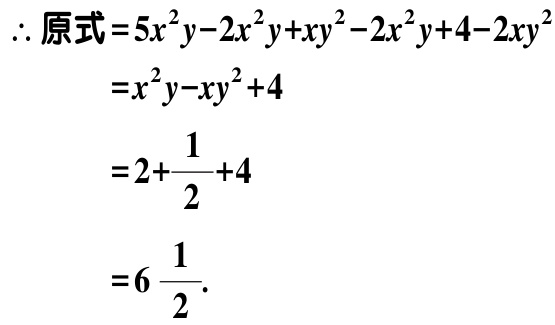
\[

\begin{align*}

\therefore \text{原式}&=5x^{2}y - 2x^{2}y+xy^{2}-2x^{2}y + 4-2xy^{2}\\

&=x^{2}y-xy^{2}+4\\

&=2+\frac{1}{2}+4\\

&=6\frac{1}{2}.

\end{align*}

\]